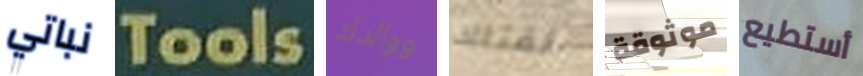
نباتي Tools ووالدك لقتلك موثوقة أستطيع